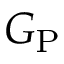
G _ { \mathrm { P } }